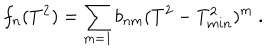
f _ { n } ( T ^ { 2 } ) = \sum _ { m = 1 } b _ { n m } ( T ^ { 2 } - T _ { m i n } ^ { 2 } ) ^ { m } \ .